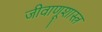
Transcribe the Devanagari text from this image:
जीवाणूशास्त्र